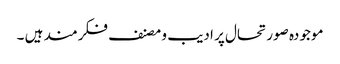
موجودہ صورتحال پر ادیب و مصنف فکرمند ہیں ۔